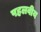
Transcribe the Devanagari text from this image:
पहलवीय